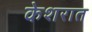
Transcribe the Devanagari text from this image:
केशरात